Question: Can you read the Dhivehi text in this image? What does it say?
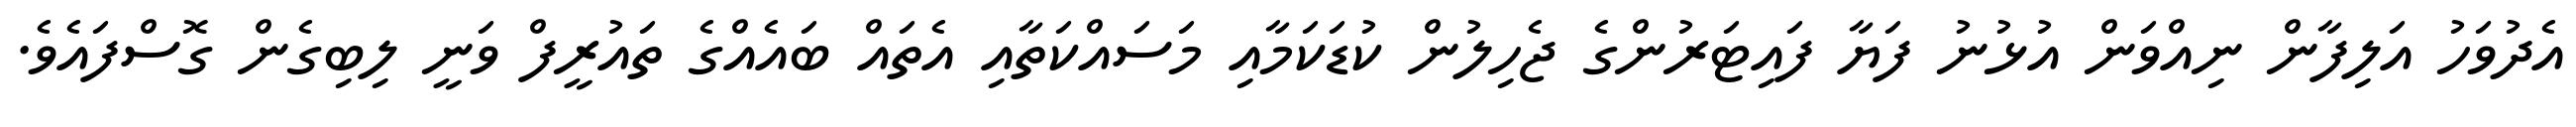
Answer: އެދުވަހު އަލިފާން ނިއްވަން އުޅުނު ފަޔާ ފައިޓަރުންގެ ޖެހިލުން ކުޑަކަމާއި މަސައްކަތާއި އެތައް ބައެއްގެ ތައުރީފް ވަނީ ލިބިގެން ގޮސްފައެވެ.